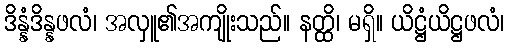
ဒိန္နံဒိန္နဖလံ၊ အလှူ၏အကျိုးသည်။ နတ္ထိ၊ မရှိ။ ယိဋ္ဌံယိဋ္ဌဖလံ၊